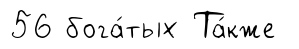
56 бога́тых Та́кже